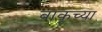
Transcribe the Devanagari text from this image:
बाकूच्या